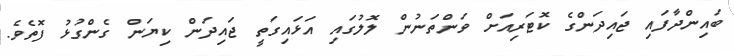
ބައިންދާފައި ޖައިދަންގެ ކޮޓަރިއަށް ވަންތަނުން ލޮލުގައި އަޅައިގަތީ ޖައިދަން ކިޔަން ގެންގުޅު ފޮތެވެ.